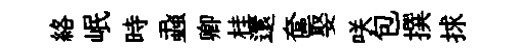
絡岷時蝨卿桂還奩娶咲包撰捄